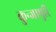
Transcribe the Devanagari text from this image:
कुन्जापुरि